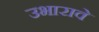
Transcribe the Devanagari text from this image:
उभारावे